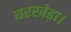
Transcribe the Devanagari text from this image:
बरखेड़ा।